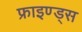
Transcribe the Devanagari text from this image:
फ्राइण्ड्स